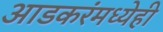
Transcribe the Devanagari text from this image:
आडकरंमध्येही